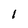
Character: 1